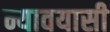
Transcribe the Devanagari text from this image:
न्यावयासी